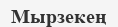
Мырзекең